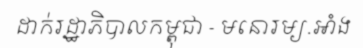
ដាក់រដ្ឋាភិបាលកម្ពុជា - មនោរម្យ.អាំង